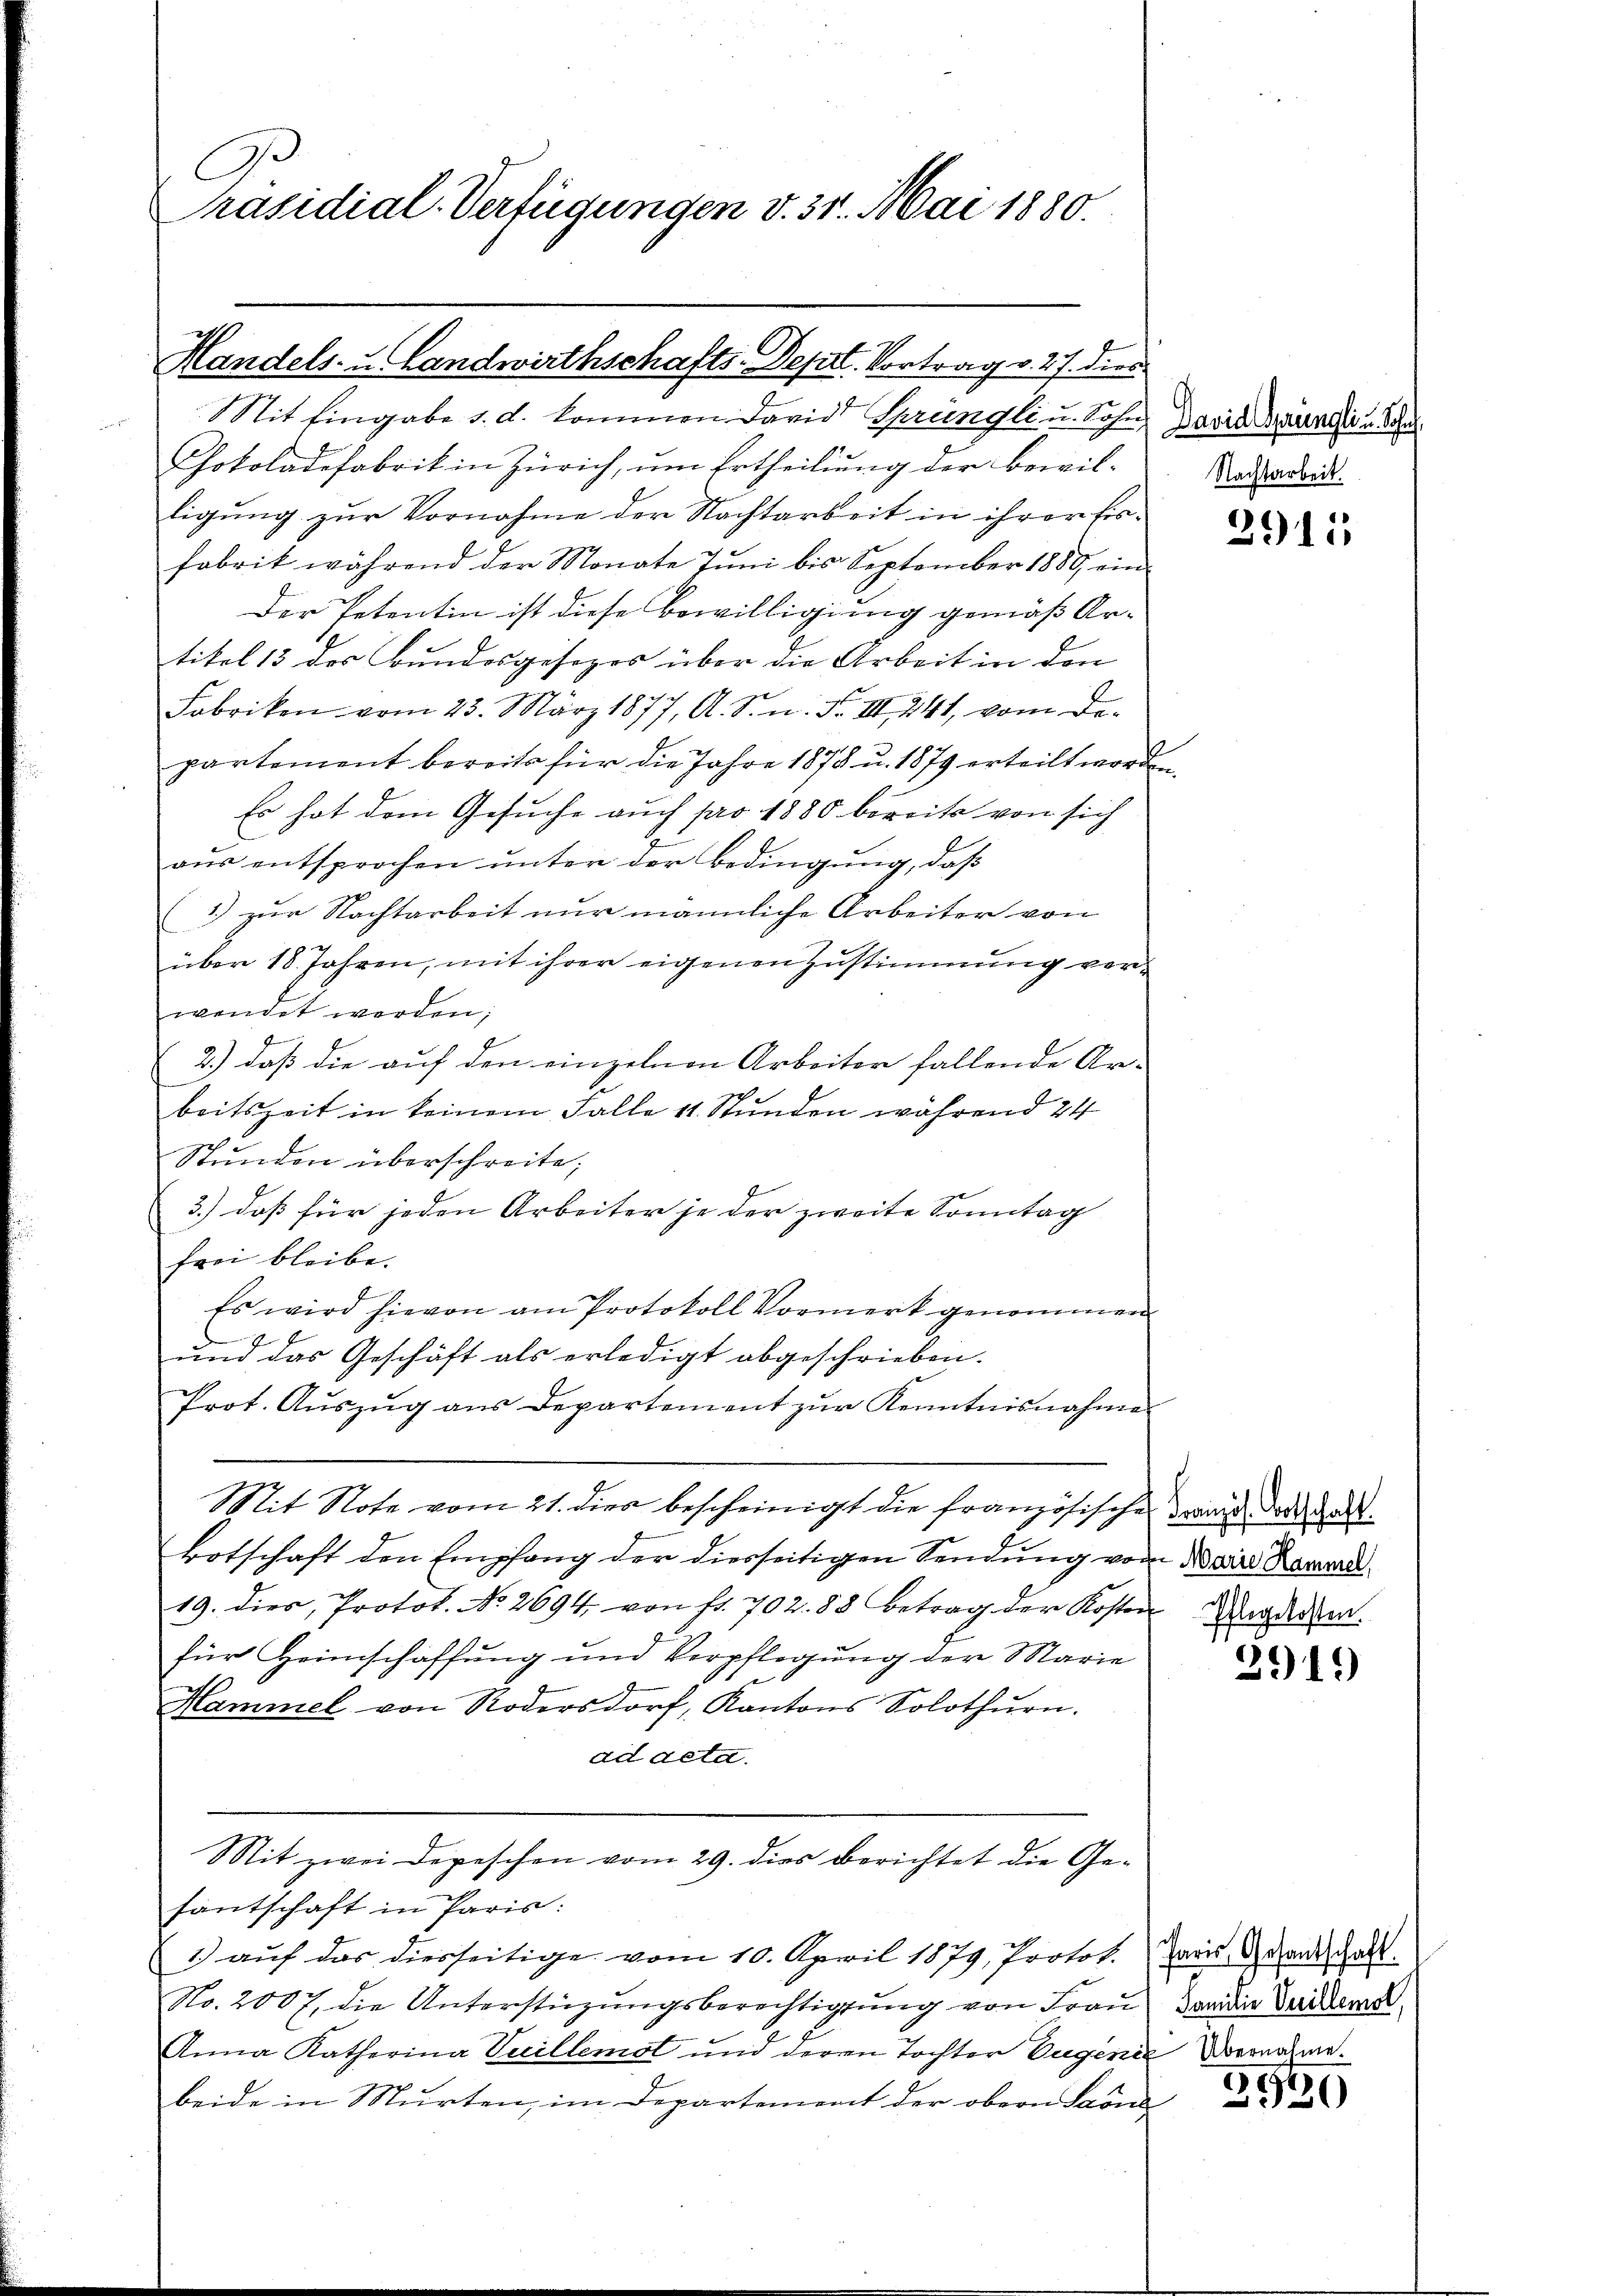
Präsidial-Verfügungen v. 31. Mai 1880.

Handels- u. Landwirthschafts-Depart. Vortrag v. 27. dies

Mit Eingabe d. d. kommen David Sprüngli u. Sohn, David Baurgi u. Sc
Chokoladefabrik in Zürich, um Ertheilung der bewil-
ligung zur Vornahme der Nachtarbeit in ihrer Erfabrik während der Monate Juni bis September 1880, ein
Der Petentin ist diese Bewilligung gemäß Ar-
tikel 13 des Bundesgesezes über die Arbeit in den
Fabriken vom 23. März 1877, A. S. n. F. III 241, vom De-
partement bereits für die Jahre 1878 u. 1879 erteilt worde
Es hat dem Gesuche auch pro 1880 bereits von sich
aus entsprochen unter der Bedingung, daß
1) zur Nachtarbeit nur männliche Arbeiter von
über 18. Jahren, mit ihrer eigenen Zustimmung verwendet werden;
g
2.) daß die auf den einzelnen Arbeiter fallende Ar-
beitszeit in keinem Falle 11 Stunden während 24
Stunden überschreite;
3.) daß für jeden Arbeiter je der zweite Sonntag
frei bleibe.
Es wird hievon am Protokoll Vormerk genommen
und das Geschäft als erledigt abgeschrieben.
Prot. Aŭszŭg aŭs Departement zŭr Kenntnisnahme
Mit Note vom 21. dies bescheinigt die französische Franz dort al
Botschaft den Empfang der diesseitigen Sendung vom Narr Kameral
19. dies, Protot. No. 2694. von fr. 702. 88 betrag der Kosten Ungedem.
für Heimschaffung und Verpflegung der Marie
Hammel von Rodersdorf, Kantons Solothŭrn.
ad deta
Mit zwei Depeschen vom 29. dies Berichtet die Ge¬

fantschaft in Paris:
1 aŭf das diesseitige vom 10. April 1879, Protot. Paris Grandschaft-
No. 2007. die Unterstüzungsberechtigung von Frau dann die Seidend
Anna Katherina Vecillemot und deren Tochter Eugenie Vernahme.
beide in Murten, im Departement der obern Sarne

Nachtarbeit.

x

2915

2919)

3930